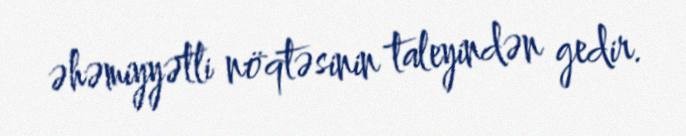
əhəmiyyətli nöqtəsinin taleyindən gedir.